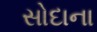
સોદાના